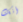
أنك